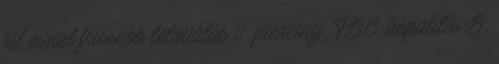
fél évnél frissebb tetoválás v. piercing, TBC, hepatitis B,